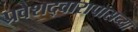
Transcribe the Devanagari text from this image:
प्रवेशद्वारापासच्या